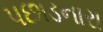
પછાડનારા